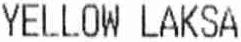
YELLOW LAKSA